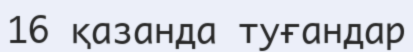
16 қазанда туғандар